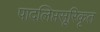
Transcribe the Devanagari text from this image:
पादलिप्तसूरिकृत